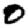
Digit: 0